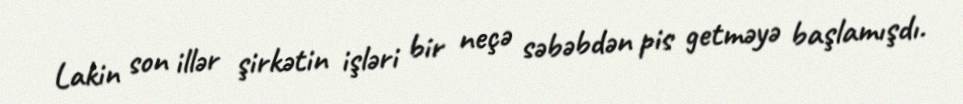
Lakin son illər şirkətin işləri bir neçə səbəbdən pis getməyə başlamışdı.